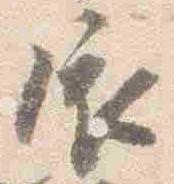
依